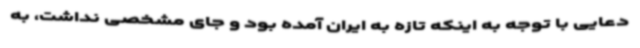
دعایی با توجه به اینکه تازه به ایران آمده بود و جای مشخصی نداشت، به